Annual report of the Punjab Veterinary College and of the Civil Veterinary Department, Punjab - 1920-1925
Year: 1920
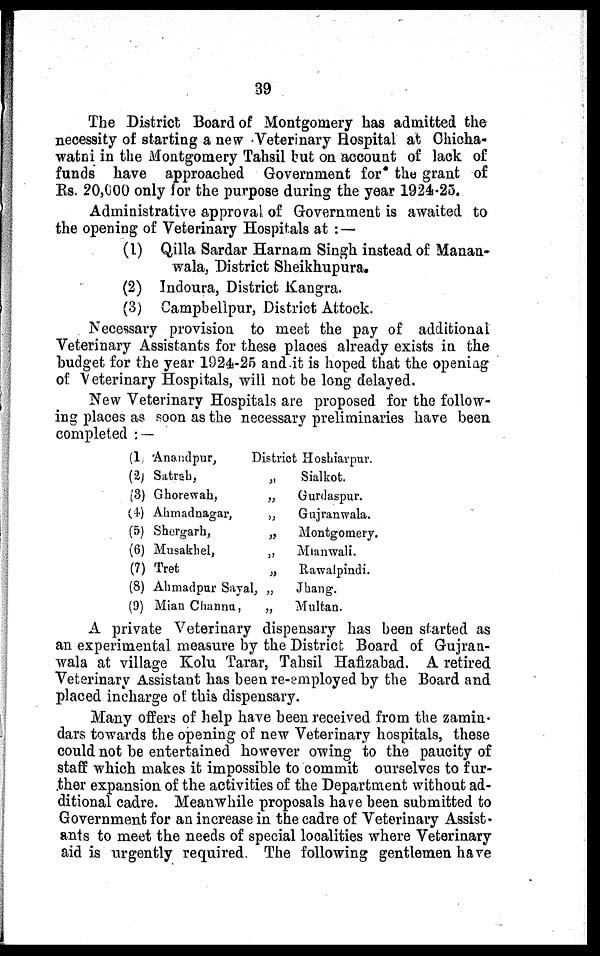
39
The District Board of Montgomery has admitted the
necessity of starting a new Veterinary Hospital at Chicha-
watni in the Montgomery Tahsil but on account of lack of
funds have approached Government for the grant of
Rs. 20,000 only for the purpose during the year 1924-25.
Administrative approval of Government is awaited to
the opening of Veterinary Hospitals at :
(1) Qilla Sardar Harnam Singh instead of Manan-
wala, District Sheikhupura.
(2) Indoura, District Kangra.
(3) Campbellpur, District Attock.
Necessary provision to meet the pay of additional
Veterinary Assistants for these places already exists in the
budget for the year 1924-25 and it is hoped that the opening
of Veterinary Hospitals, will not be long delayed,
New Veterinary Hospitals are proposed for the follow-
ing places as soon as the necessary preliminaries have been
completed :—
(1)
(2)
(3)
(4)
(5)
(6)
(7)
(8)
(9)
Anandpur,
District Hoshiarpur.
Satrah,
Ghorewah,
Ahmadnagar,
Shergarh,
Musakhel,
Tret
Ahmadpur Sayal,
Mian Channu,
„
„
„
„
„
„
„
„
Sialkot.
Gurdaspur.
Gujranwala.
Montgomery.
Mianwali.
Rawalpindi.
Jhang.
Multan.
A private Veterinary dispensary has been started as
an experimental measure by the District Board of Gujran-
wala at village Kolu Tarar, Tahsil Hafizabad. A retired
Veterinary Assistant has been re-employed by the Board and
placed incharge of this dispensary.
Many offers of help have been received from the zamin-
dars towards the opening of new Veterinary hospitals, these
could not be entertained however owing to the paucity of
staff which makes it impossible to commit ourselves to fur-
ther expansion of the activities of the Department without ad-
ditional cadre. Meanwhile proposals have been submitted to
Government for an increase in the cadre of Veterinary Assist-
ants to meet the needs of special localities where Veterinary
aid is urgently required. The following gentlemen have